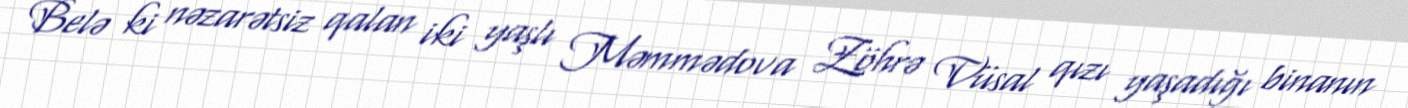
Belə ki nəzarətsiz qalan iki yaşlı Məmmədova Zöhrə Vüsal qızı yaşadığı binanın